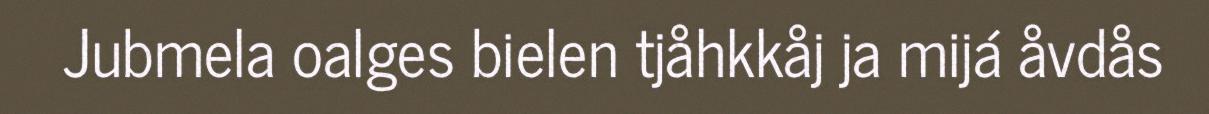
Jubmela oalges bielen tjåhkkåj ja mijá åvdås